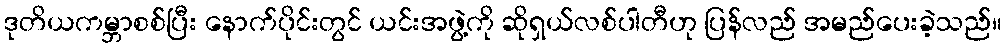
ဒုတိယကမ္ဘာစစ်ပြီး နောက်ပိုင်းတွင် ယင်းအဖွဲ့ကို ဆိုရှယ်လစ်ပါတီဟု ပြန်လည် အမည်ပေးခဲ့သည်။